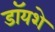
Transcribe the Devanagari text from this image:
डॉयशे